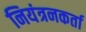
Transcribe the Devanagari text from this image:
नियंत्रनकर्ता